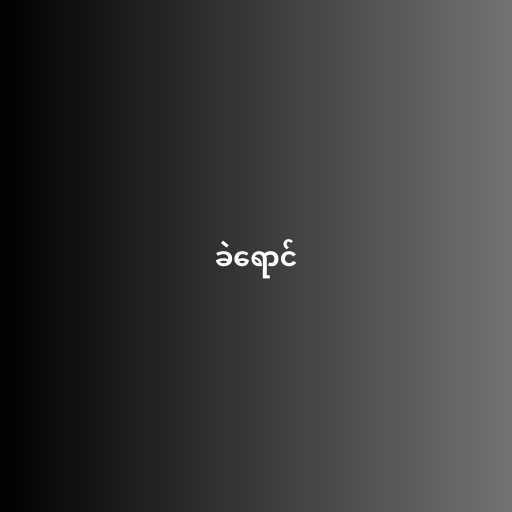
ခဲရောင်